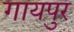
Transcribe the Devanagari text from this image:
गायपुर